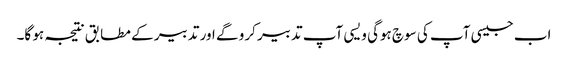
اب جیسی آپ کی سوچ ہوگی ویسی آپ تدبیر کرو گے اور تدبیر کے مطابق نتیجہ ہو گا۔